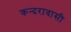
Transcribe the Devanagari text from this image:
कन्दरावासी